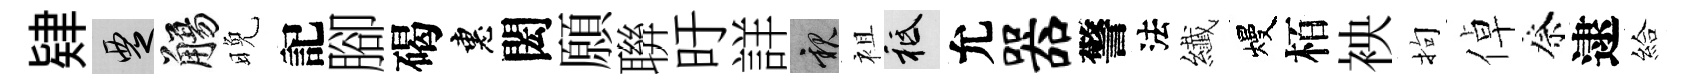
肄覂觴晚記腳碣惠閎願聨旴詳親袓祇允器警法纎熳栢䘧拘倬祭逮給